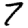
Digit: 7